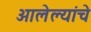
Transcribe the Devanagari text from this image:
आलेल्यांचे